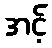
အင့်